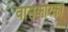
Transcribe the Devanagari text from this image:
वासकारकों